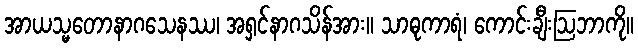
အာယသ္မတောနာဂသေနဿ၊ အရှင်နာဂသိန်အား။ သာဓုကာရံ၊ ကောင်းချီးဩဘာကို။